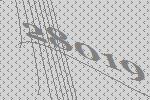
28019